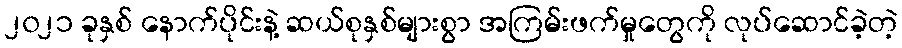
၂၀၂၁ ခုနှစ် နောက်ပိုင်းနဲ့ ဆယ်စုနှစ်များစွာ အကြမ်းဖက်မှုတွေကို လုပ်ဆောင်ခဲ့တဲ့